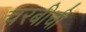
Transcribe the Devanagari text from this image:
चरबीची